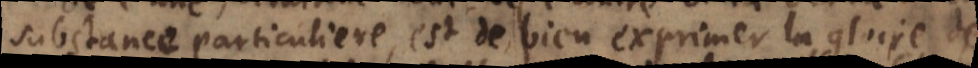
substance particuliere, est de bien exprimer la gloire de